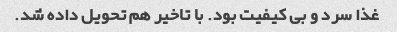
غذا سرد و بی کیفیت بود. با تاخیر هم تحویل داده شد.